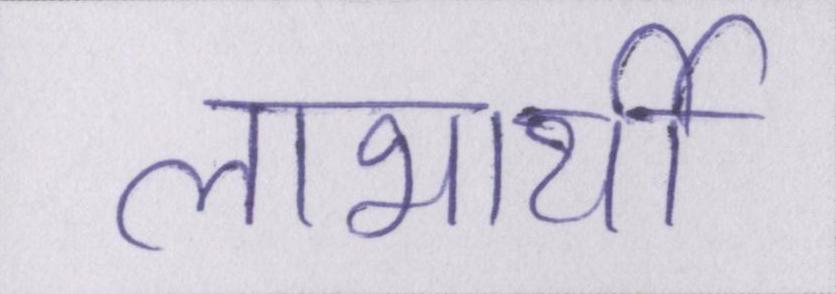
लाभार्थी